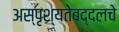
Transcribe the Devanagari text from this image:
अस्पृश्यतेबद्दलचे